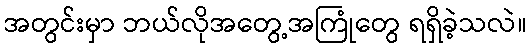
အတွင်းမှာ ဘယ်လိုအတွေ့အကြုံတွေ ရရှိခဲ့သလဲ။